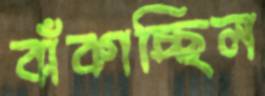
বাঁকাচ্ছিল